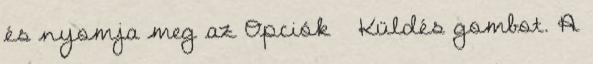
és nyomja meg az Opciók → Küldés gombot. A